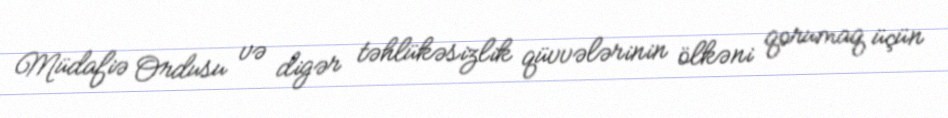
Müdafiə Ordusu və digər təhlükəsizlik qüvvələrinin ölkəni qorumaq üçün